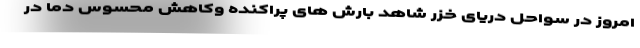
امروز در سواحل دریای خزر شاهد بارش های پراکنده وکاهش محسوس دما در